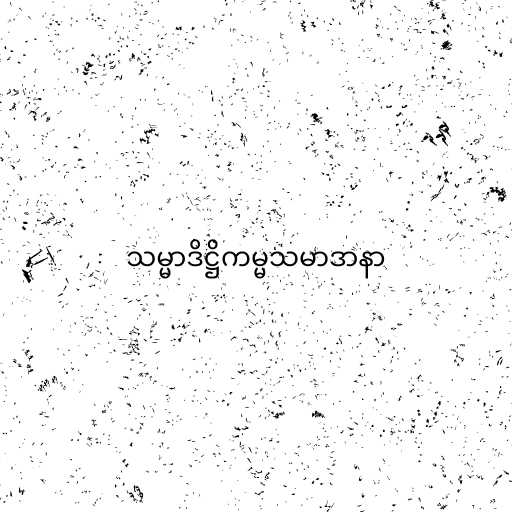
သမ္မာဒိဋ္ဌိကမ္မသမာဒာနာ